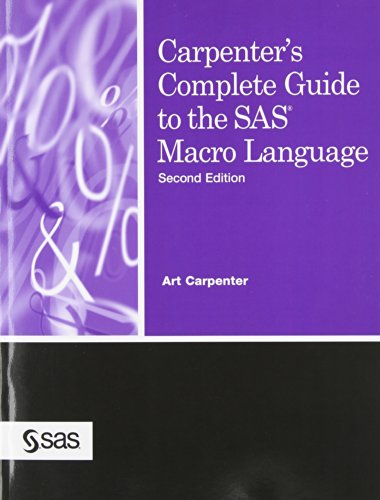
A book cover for Carpenter's Complete Guide to the SAS Macro Language, 2nd Edition; Art Carpenter; Computers & Technology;